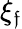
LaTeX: \xi_{\mathfrak{f}}